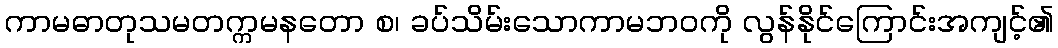
ကာမဓာတုသမတက္ကမနတော စ၊ ခပ်သိမ်းသောကာမဘဝကို လွန်နိုင်ကြောင်းအကျင့်၏